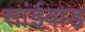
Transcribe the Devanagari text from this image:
सांईवाड़